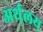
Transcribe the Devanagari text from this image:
अर्थलय